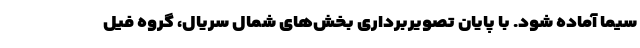
سیما آماده شود. با پایان تصویربرداری بخش‌های شمال سریال، گروه فیل